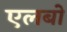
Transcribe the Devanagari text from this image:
एलबो